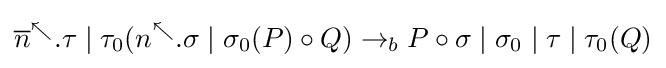
{\overline {n}}^{\nwarrow }.\tau \mid \tau _{0}(n^{\nwarrow }.\sigma \mid \sigma _{0}(P)\circ Q)\rightarrow _{b}P\circ \sigma \mid \sigma _{0}\mid \tau \mid \tau _{0}(Q)